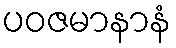
ပဝဇမာနာနံ